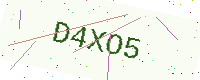
Text: D4XO5